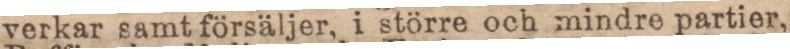
verkar samt försäljer, i större och mindre partier,